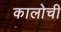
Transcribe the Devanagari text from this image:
कालोची